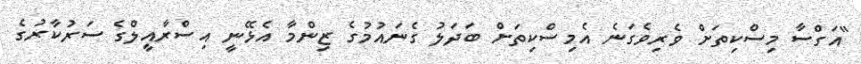
"އަގްސާ މިސްކިތަށް ވެރިވެގަނެ އެމިސްކިތަށް ބަދަލު ގެނައުމުގެ ޒިންމާ އެޅޭނީ އިސްރާއީލްގެ ސަރުކާރުގެ